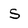
Character: S